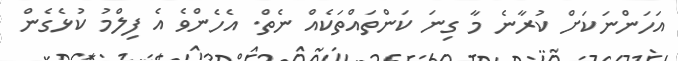
އަހަންނަކަށް ކުރާނެ މާ ގިނަ ކަންތައްތަކެއް ނެތް. އެހެންވެ އެ ފިލްމު ކުޅެގެން